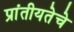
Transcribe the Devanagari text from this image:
प्रांतीयतेचे